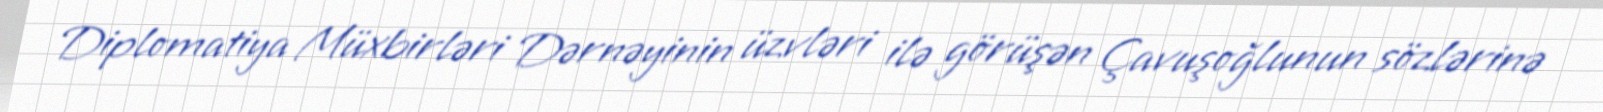
Diplomatiya Müxbirləri Dərnəyinin üzvləri ilə görüşən Çavuşoğlunun sözlərinə